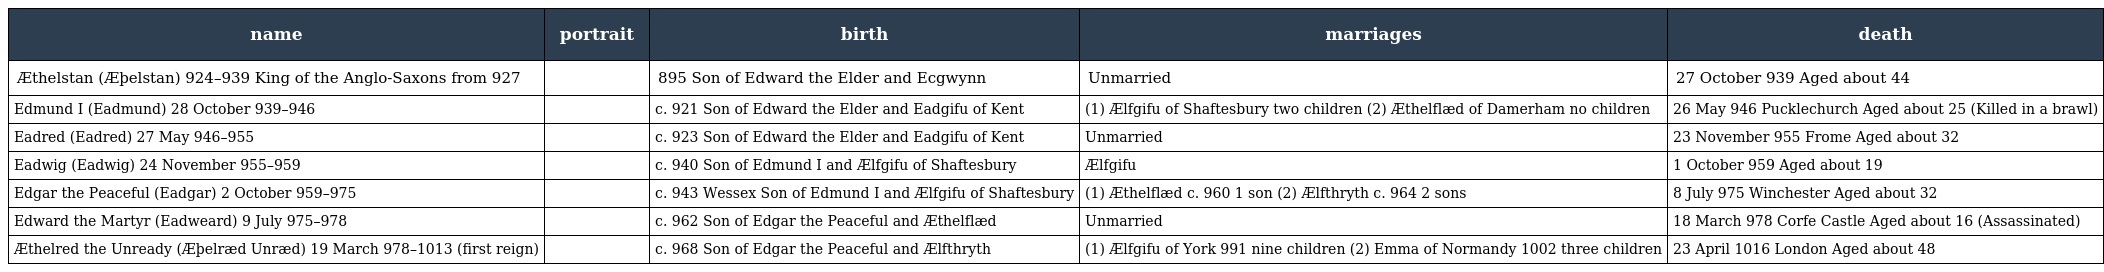
| name | portrait | birth | marriages | death |
 | --- | --- | --- | --- | --- |
 | Æthelstan (Æþelstan) 924–939 King of the Anglo-Saxons from 927 |  | 895 Son of Edward the Elder and Ecgwynn | Unmarried | 27 October 939 Aged about 44 |
 | Edmund I (Eadmund) 28 October 939–946 |  | c. 921 Son of Edward the Elder and Eadgifu of Kent | (1) Ælfgifu of Shaftesbury two children (2) Æthelflæd of Damerham no children | 26 May 946 Pucklechurch Aged about 25 (Killed in a brawl) |
 | Eadred (Eadred) 27 May 946–955 |  | c. 923 Son of Edward the Elder and Eadgifu of Kent | Unmarried | 23 November 955 Frome Aged about 32 |
 | Eadwig (Eadwig) 24 November 955–959 |  | c. 940 Son of Edmund I and Ælfgifu of Shaftesbury | Ælfgifu | 1 October 959 Aged about 19 |
 | Edgar the Peaceful (Eadgar) 2 October 959–975 |  | c. 943 Wessex Son of Edmund I and Ælfgifu of Shaftesbury | (1) Æthelflæd c. 960 1 son (2) Ælfthryth c. 964 2 sons | 8 July 975 Winchester Aged about 32 |
 | Edward the Martyr (Eadweard) 9 July 975–978 |  | c. 962 Son of Edgar the Peaceful and Æthelflæd | Unmarried | 18 March 978 Corfe Castle Aged about 16 (Assassinated) |
 | Æthelred the Unready (Æþelræd Unræd) 19 March 978–1013 (first reign) |  | c. 968 Son of Edgar the Peaceful and Ælfthryth | (1) Ælfgifu of York 991 nine children (2) Emma of Normandy 1002 three children | 23 April 1016 London Aged about 48 |